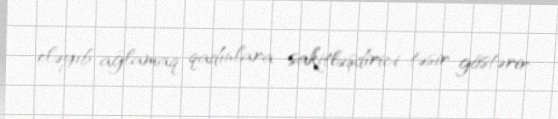
eləyib ağlamaq qadınlara sakitləşdirici təsir göstərir.